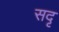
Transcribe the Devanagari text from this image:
सदृ